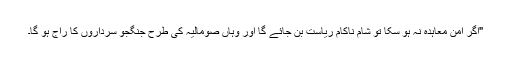
"اگر امن معاہدہ نہ ہو سکا تو شام ناکام ریاست بن جائے گا اور وہاں صومالیہ کی طرح جنگجو سرداروں کا راج ہو گا۔